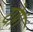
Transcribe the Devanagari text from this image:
योगं